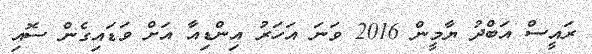
ރައީސް އަބްދު ޔާމީން 2016 ވަނަ އަހަރު އިންޑިއާ އަށް ވަޑައިގެން ސޮއި